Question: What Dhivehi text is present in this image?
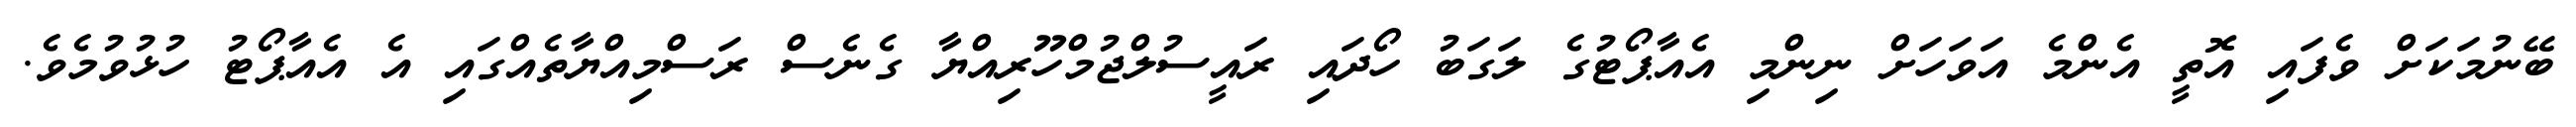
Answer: ބޭނުމަކަށް ވެފައި އޮތީ އެންމެ އަވަހަށް ނިންމި އެއާޕޯޓުގެ ލަގަބު ހޯދައި ރައީސުލްޖުމްހޫރިއްޔާ ގެނެސް ރަސްމިއްޔާތެއްގައި އެ އެއާޕޯޓު ހުޅުވުމެވެ.